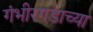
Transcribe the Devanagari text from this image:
गंभीरगडाच्या